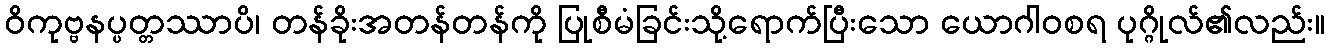
ဝိကုဗ္ဗနပ္ပတ္တဿာပိ၊ တန်ခိုးအတန်တန်ကို ပြုစီမံခြင်းသို့ရောက်ပြီးသော ယောဂါဝစရ ပုဂ္ဂိုလ်၏လည်း။